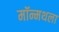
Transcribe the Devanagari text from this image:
मॉन्मथला